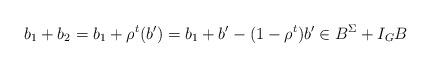
LaTeX: \begin{align*}b_1+b_2=b_1+\rho^t(b') = b_1 + b' - (1 -\rho^t)b' \in B^{\Sigma} + I_{G}B\end{align*}